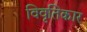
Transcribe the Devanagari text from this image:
विवृतिकार